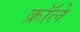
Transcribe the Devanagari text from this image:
क्रॉले